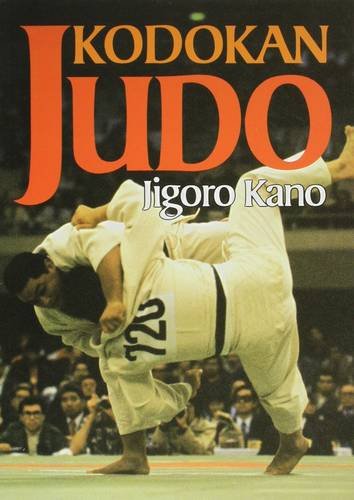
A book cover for Kodokan Judo: The Essential Guide to Judo by Its Founder Jigoro Kano; Jigoro Kano; Sports & Outdoors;